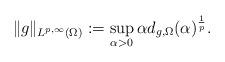
LaTeX: \begin{align*}\|g\|_{L^{p,\infty}(\Omega)}:= \sup_{\alpha>0}\alpha d_{g,\Omega}(\alpha)^{\frac{1}{p}}.\end{align*}